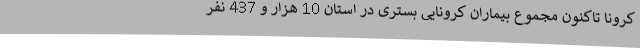
کرونا تاکنون مجموع بیماران کرونایی بستری در استان 10 هزار و 437 نفر